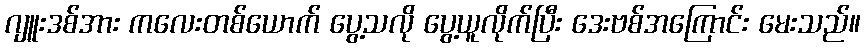
ဂျူးဒစ်အား ကလေးတစ်ယောက် ပွေ့သလို ပွေ့ယူလိုက်ပြီး ဒေးဗစ်အကြောင်း မေးသည်။